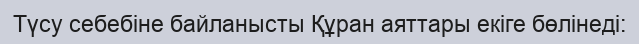
Түсу себебіне байланысты Құран аяттары екіге бөлінеді: